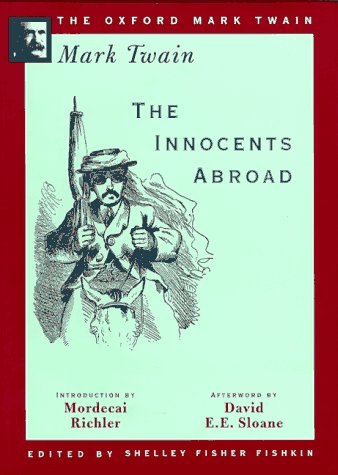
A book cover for The Innocents Abroad (1869) (The Oxford Mark Twain); Mark Twain; Travel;